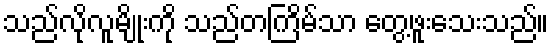
သည်လိုလူမျိုးကို သည်တကြိမ်သာ တွေ့ဖူးသေးသည်။